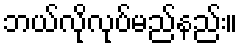
ဘယ်လိုလုပ်မည်နည်း။